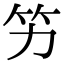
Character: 竻